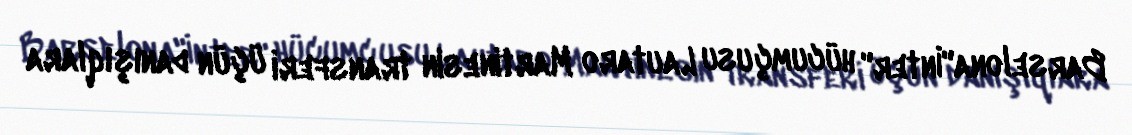
Barselona"İnter" hücumçusu Lautaro Martinesin transferi üçün danışıqlara